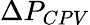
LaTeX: \Delta P_{CPV}